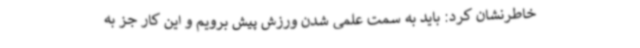
خاطرنشان کرد: باید به سمت علمی شدن ورزش پیش برویم و این کار جز به